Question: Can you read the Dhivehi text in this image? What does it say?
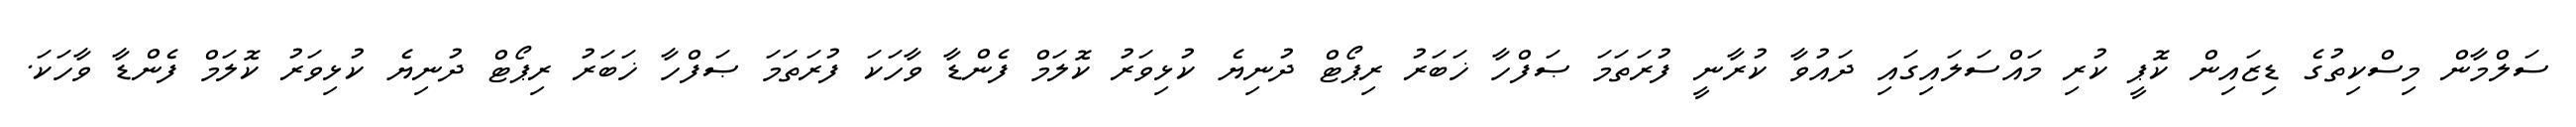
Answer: ސަލްމާން މިސްކިތުގެ ޑިޒައިން ކޮޕީ ކުރި މައްސަލައިގައި ދައުވާ ކުރާނީ ފުރަތަމަ ޞަފްހާ ޚަބަރު ރިޕޯޓް ދުނިޔެ ކުޅިވަރު ކޮލަމް ފެންޑާ ވާހަކަ ފުރަތަމަ ޞަފްހާ ޚަބަރު ރިޕޯޓް ދުނިޔެ ކުޅިވަރު ކޮލަމް ފެންޑާ ވާހަކަ.